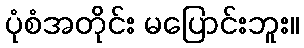
ပုံစံအတိုင်း မပြောင်းဘူး။